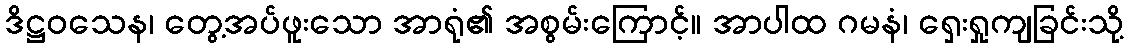
ဒိဋ္ဌဝသေန၊ တွေ့အပ်ဖူးသော အာရုံ၏ အစွမ်းကြောင့်။ အာပါထ ဂမနံ၊ ရှေးရှုကျခြင်းသို့